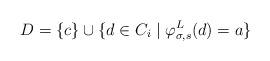
LaTeX: \begin{align*}D = \{c\} \cup \{d \in C_i \mid \varphi_{\sigma, s}^L(d) = a\}\end{align*}